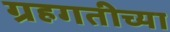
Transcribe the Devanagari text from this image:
ग्रहगतीच्या